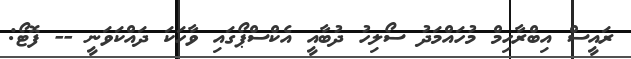
ރައީސް އިބްރާހިމް މުހައްމަދު ސޯލިހު ދުބާއީ އެކްސްޕޯގައި ވާހަކަ ދައްކަވަނީ -- ފޮޓޯ: